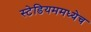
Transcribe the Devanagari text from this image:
स्टेडियममध्येच